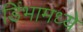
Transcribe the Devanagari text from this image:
डिंभामध्ये